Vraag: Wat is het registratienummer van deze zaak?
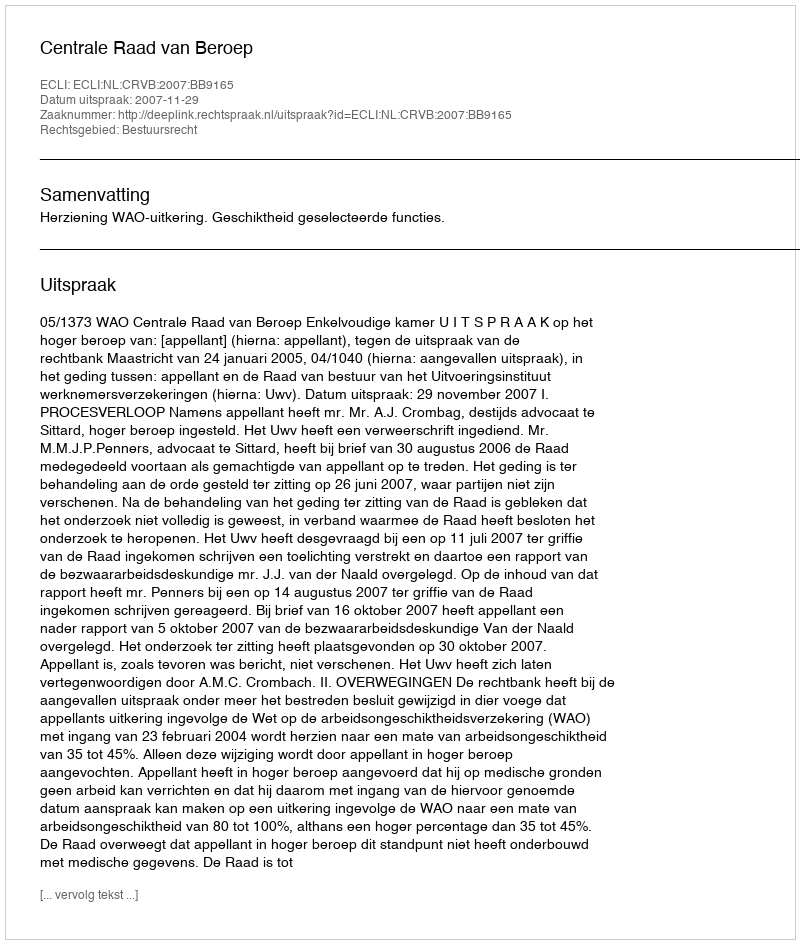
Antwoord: http://deeplink.rechtspraak.nl/uitspraak?id=ECLI:NL:CRVB:2007:BB9165